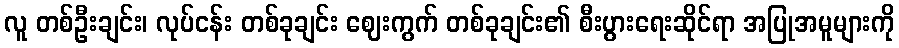
လူ တစ်ဦးချင်း၊ လုပ်ငန်း တစ်ခုချင်း ဈေးကွက် တစ်ခုချင်း၏ စီးပွားရေးဆိုင်ရာ အပြုအမူများကို